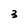
Character: 3